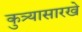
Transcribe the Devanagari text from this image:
कुत्र्यासारखे